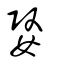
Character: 嫛